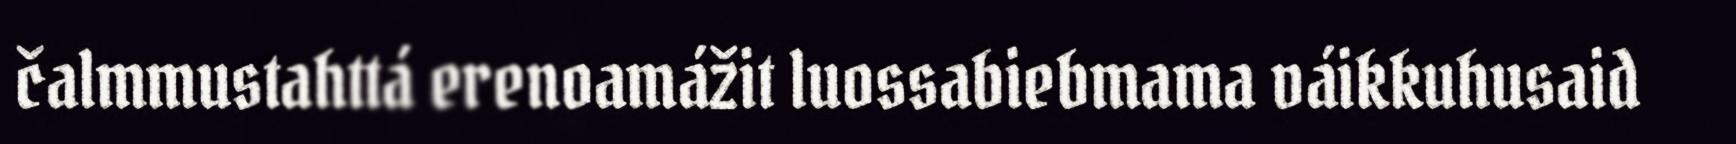
čalmmustahttá erenoamážit luossabiebmama váikkuhusaid